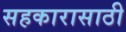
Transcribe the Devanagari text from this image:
सहकारासाठी